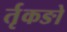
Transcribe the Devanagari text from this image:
र्तृकङो